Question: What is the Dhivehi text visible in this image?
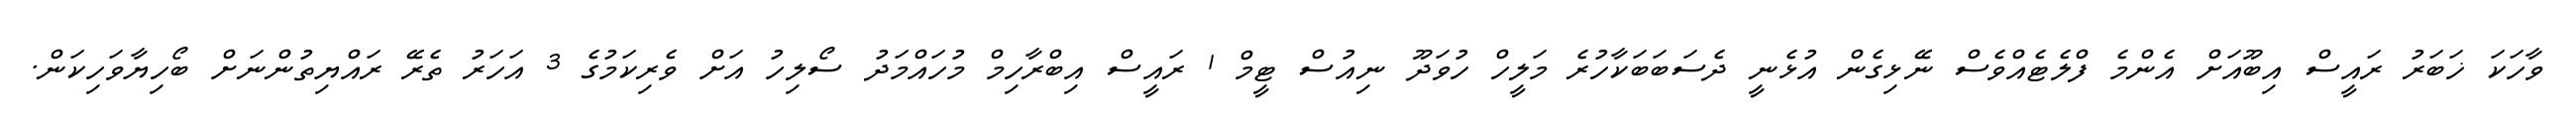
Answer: ވާހަކަ ޚަބަރު ރައީސް އިބޫއަށް އެންމެ ފްލެޓެއްވެސް ނޭޅިގެން އުޅެނީ ދެސަބަބަކާހުރެ މަލީހް ހުވަދޫ ނިއުސް ޓީމް 1 ރައީސް އިބްރާހިމް މުހައްމަދު ސޯލިހު އަށް ވެރިކަމުގެ 3 އަހަރު ތެރޭ ރައްޔިތުންނަށް ބޯހިޔާވަހިކަން.